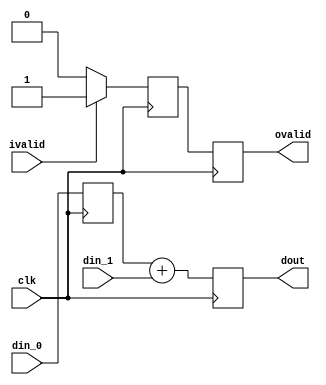
// This program was cloned from: https://github.com/XueTianyu24/cnn_accelerator
// License: MIT License

// 
module add
(
    input clk,
    input signed [31:0] din_0,
    input signed [31:0] din_1,
    input ivalid,
    output ovalid,
    output signed [31:0] dout
);

	reg [31:0] dout_r;
	reg wren;
	reg [31:0] din_0_delay;
	reg wren_delay;
	// 1
	always@(posedge clk)
		din_0_delay <= din_0;
	
	always@(posedge clk)
		dout_r = din_0_delay + din_1;
	
	always@(posedge clk)
	if(ivalid)
		wren <= 1'b1;
	else
		wren <= 1'b0;
	
	always@(posedge clk)
		wren_delay <= wren;
	
	assign ovalid = wren_delay;
	assign dout = dout_r;

endmodule